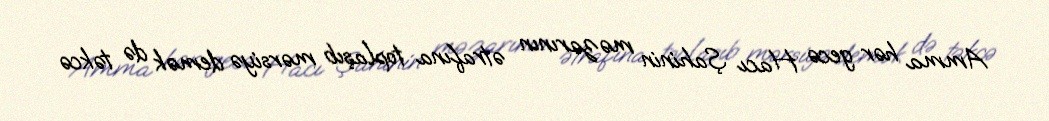
Amma hər gecə Hacı Şahinin məzarının ətrafına toplaşıb mərsiyə demək də təkcə